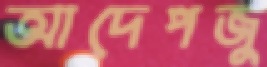
আদেপজু